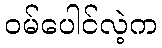
ဝမ်ပေါင်လဲ့က